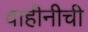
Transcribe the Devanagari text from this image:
वाहीनीची